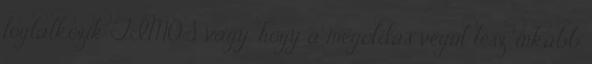
foglalkozik TIMOS vagy, hogy a megoldás végül lesz, inkább